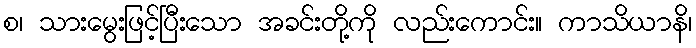
စ၊ သားမွေးဖြင့်ပြီးသော အခင်းတို့ကို လည်းကောင်း။ ကာသိယာနိ၊